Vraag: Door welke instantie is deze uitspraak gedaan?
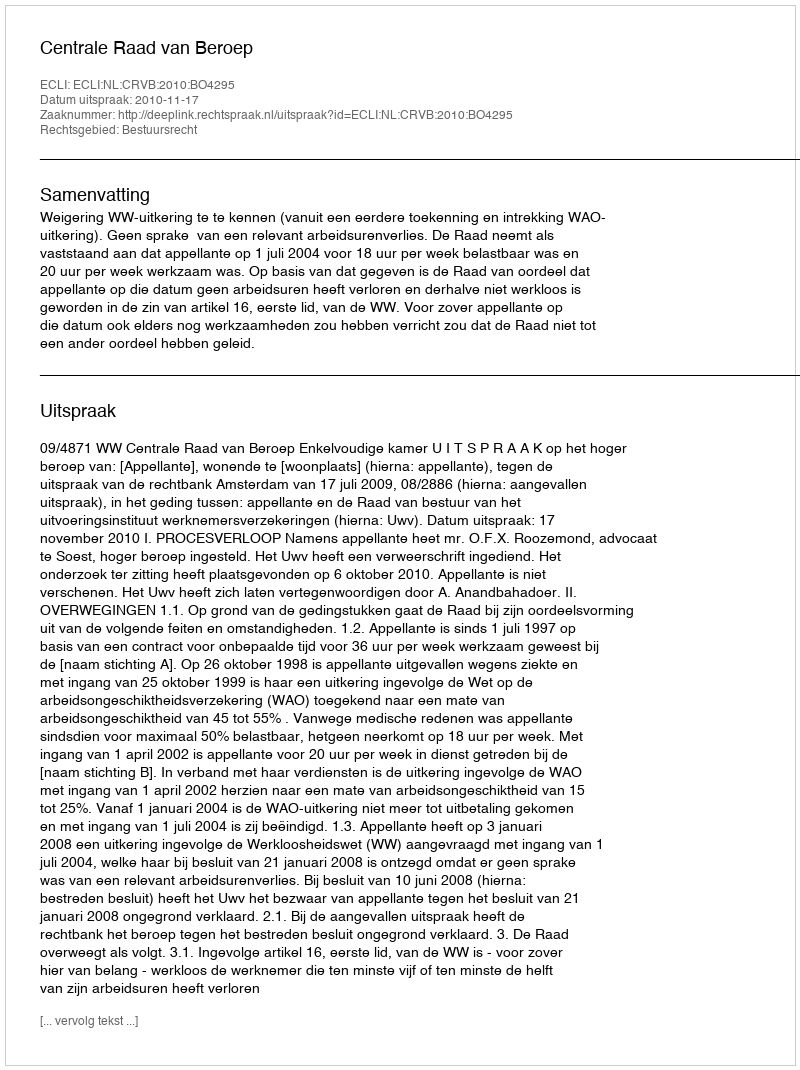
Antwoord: Centrale Raad van Beroep